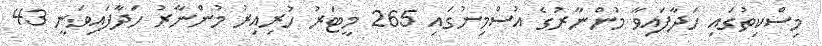
މިސްކިތުގައި ހަދާފައިވާ މުންނާރުގެ އުސްމިނުގައި 265 މީޓަރު ހުރިއިރު މުންނާރު ހަދާފައިވަނީ 43